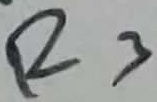
Text: R3